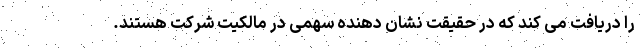
را دریافت می کند که در حقیقت نشان دهنده سهمی در مالکیت شرکت هستند.